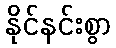
နိုင်နင်းစွာ